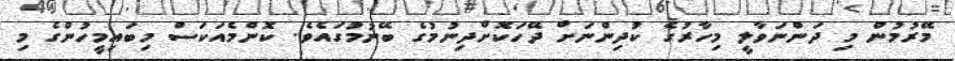
މޭރުމުން މި ދަންނަވާލީ މިހާރުގެ ކުދިންނަށް ދޭހަކޮށްދިނުމުގެ ބޭނުމުގައެވެ. ކޮންމެއަކަސް މިބައިމީހުންގެ މި